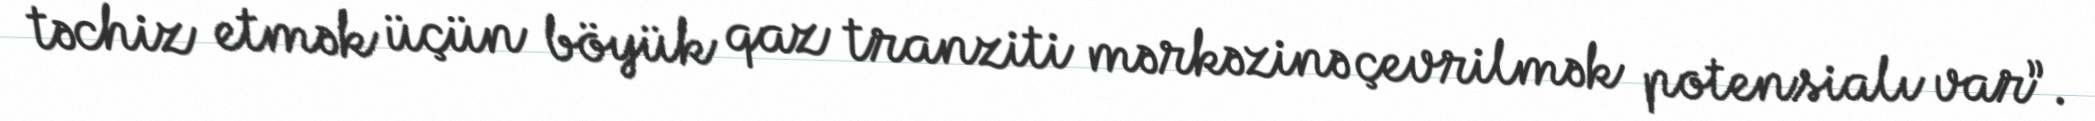
təchiz etmək üçün böyük qaz tranziti mərkəzinə çevrilmək potensialı var”.